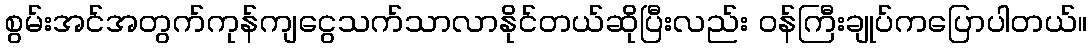
စွမ်းအင်အတွက်ကုန်ကျငွေသက်သာလာနိုင်တယ်ဆိုပြီးလည်း ဝန်ကြီးချုပ်ကပြောပါတယ်။